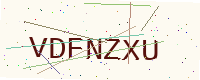
Text: VDFNZXU